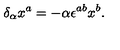
\delta _ { \alpha } x ^ { a } = - \alpha \epsilon ^ { a b } x ^ { b } .